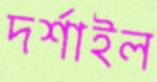
দর্শাইল